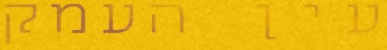
עין העמק